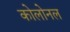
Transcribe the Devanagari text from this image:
कोलोनल